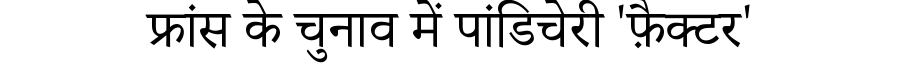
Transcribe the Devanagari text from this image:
फ्रांस के चुनाव में पांडिचेरी 'फ़ैक्टर'